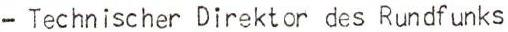
- Technischer Direktor des Rundfunks